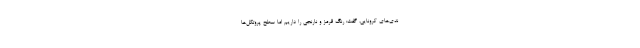
ندی‌های کرونایی، گفت: رنگ قرمز و نارنجی را داریم اما سطح پروتکل‌ها